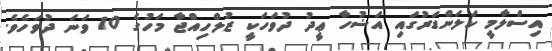
އިސްލާމީ ކަލަންޑަރުގައި އަޟުހާ ޢީދު ދުވަހަކީ ޒުލްހިއްޖާ މަހުގެ 10 ވަނަ ދުވަހެވެ.